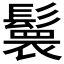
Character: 𮫏